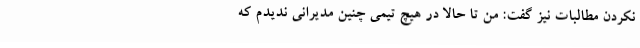
نکردن مطالبات نیز گفت: من تا حالا در هیچ تیمی چنین مدیرانی ندیدم که